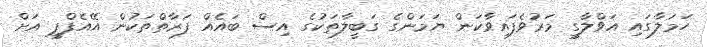
ހަމަލާގައި އަވްލާގީ މަރުވެފައިވާކަން ޔަމަންގެ ގަބީލާތަކުގެ އިސް ބައެއް ފަރާތްތަކުން އޭއެފްޕީ އަށް